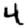
Digit: 4